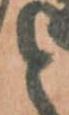
と